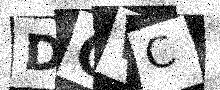
Text: DGWC